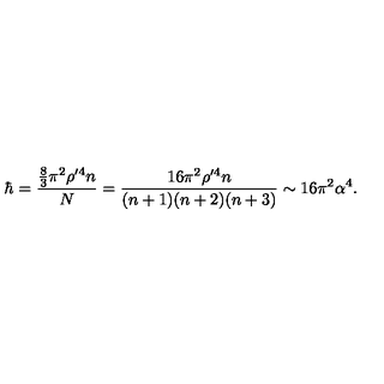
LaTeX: \hbar = \frac { \frac { 8 } { 3 } \pi ^ { 2 } \rho ^ { \prime 4 } n } { N } = \frac { 1 6 \pi ^ { 2 } \rho ^ { \prime 4 } n } { ( n + 1 ) ( n + 2 ) ( n + 3 ) } \sim 1 6 \pi ^ { 2 } \alpha ^ { 4 } .